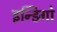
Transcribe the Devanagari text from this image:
इन्डिगो